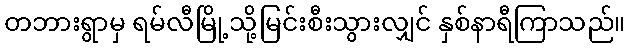
တဘားရွာမှ ရမ်လီမြို့သို့မြင်းစီးသွားလျှင် နှစ်နာရီကြာသည်။